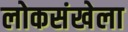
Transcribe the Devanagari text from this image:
लोकसंखेला